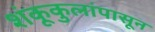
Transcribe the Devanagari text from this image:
शंकूकुलांपासून